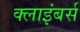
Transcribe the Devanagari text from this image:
क्लाइंबर्स